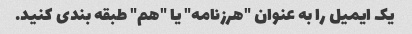
یک ایمیل را به عنوان "هرزنامه" یا "هم" طبقه بندی کنید.